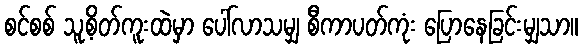
စင်စစ် သူ့စိတ်ကူးထဲမှာ ပေါ်လာသမျှ စီကာပတ်ကုံး ပြောနေခြင်းမျှသာ။